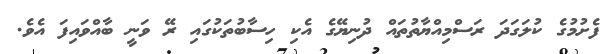
ފެށުމުގެ ކުލަގަދަ ރަސްމިއްޔާތުތައް ދުނިޔޭގެ އެކި ހިސާބުތަކުގައި ރޭ ވަނީ ބާއްވައިފަ އެވެ.